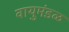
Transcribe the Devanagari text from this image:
वायुमंडळ